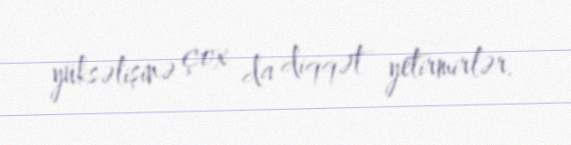
yüksəlişinə çox da diqqət yetirmirlər.